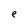
Character: e